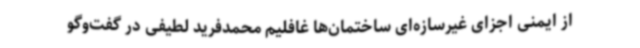
از ایمنی اجزای غیرسازه‌ای ساختمان‌ها غافلیم محمدفرید لطیفی در گفت‌وگو